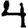
Digit: 4